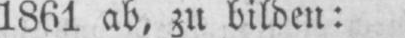
1861 ab, zu bilden: